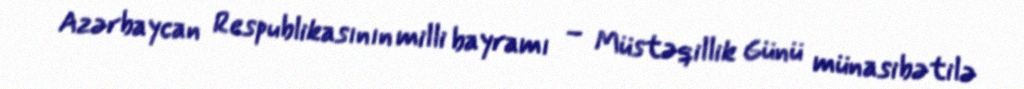
Azərbaycan Respublikasının milli bayramı – Müstəqillik Günü münasibətilə